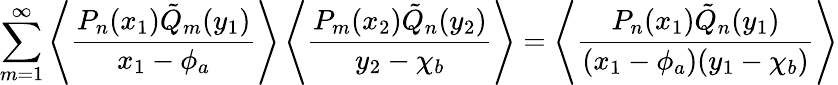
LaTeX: \sum_{m=1}^{\infty}\left\langle\frac{P_{n}(x_{1})\tilde{Q}_{m}(y_{1})}{x_{1}-\phi_{a}}\right\rangle\left\langle\frac{P_{m}(x_{2})\tilde{Q}_{n}(y_{2})}{y_{2}-\chi_{b}}\right\rangle=\left\langle\frac{P_{n}(x_{1})\tilde{Q}_{n}(y_{1})}{(x_{1}-\phi_{a})(y_{1}-\chi_{b})}\right\rangle